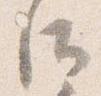
后